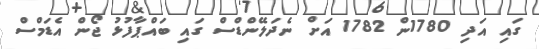
ގައި އަދި 1780ން 1782 އަށް ނެދަލޭންޑްސް ގައި ބައްޕާފުޅު ޖޯން އެޑަމްސް